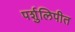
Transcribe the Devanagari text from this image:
पर्शुलिपीत